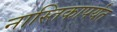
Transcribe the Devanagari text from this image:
नास्तिकापर्यंत